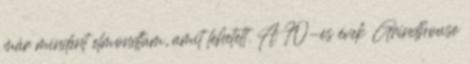
már mindent elmondtam, amit lehetett. A 70-es évek Grindhouse